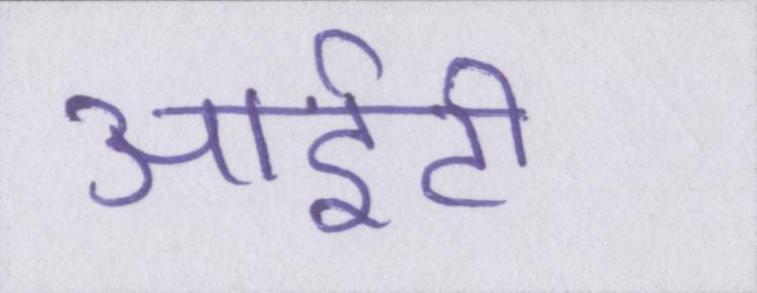
आईटी